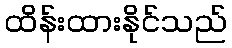
ထိန်းထားနိုင်သည်